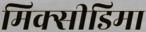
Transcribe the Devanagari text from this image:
मिक्सीडिमा